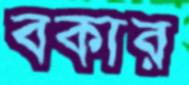
বকার